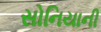
સોનિયાની